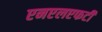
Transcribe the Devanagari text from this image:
एनएलएफटी